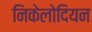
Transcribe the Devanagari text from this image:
निकेलोदियन